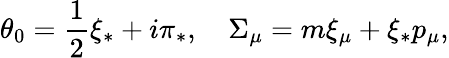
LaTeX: \theta_{0}=\frac{1}{2}\xi_{*}+i\pi_{*},\quad\Sigma_{\mu}=m\xi_{\mu}+\xi_{*}p_{\mu},